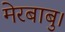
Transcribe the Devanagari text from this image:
मेरबाबु।